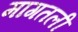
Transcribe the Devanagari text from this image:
मागतली